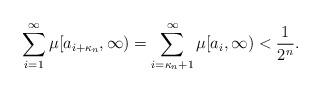
LaTeX: \begin{align*}\sum\limits _{i=1} ^\infty \mu[ a_{i+\kappa _n} , \infty)=\sum\limits _{i=\kappa _n+1} ^\infty \mu[ a_i , \infty) < \frac{1}{2^n}.\end{align*}